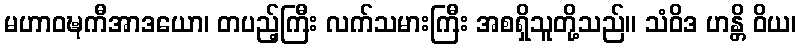
မဟာဝဍ္ဎကီအာဒယော၊ တပည့်ကြီး လက်သမားကြီး အစရှိသူတို့သည်။ သံဝိဒ ဟန္တိ ဝိယ၊